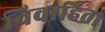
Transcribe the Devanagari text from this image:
विवाहित।